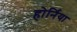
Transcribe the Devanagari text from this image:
होर्निया